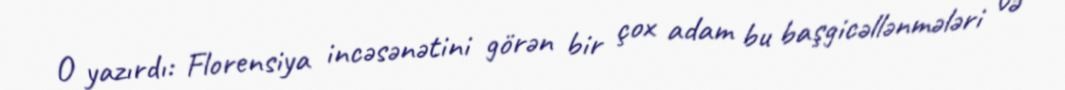
O yazırdı: Florensiya incəsənətini görən bir çox adam bu başgicəllənmələri və